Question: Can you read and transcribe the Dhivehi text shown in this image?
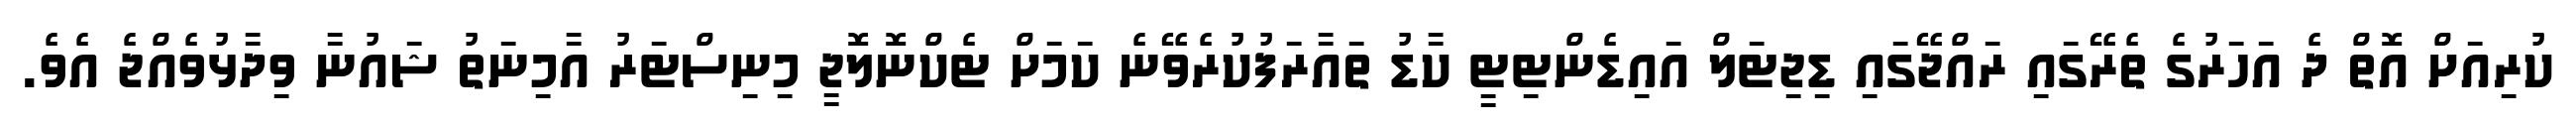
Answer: ކުރިއަށް އޮތް ދެ އަހަރުގެ ތެރޭގައި ރައްޖޭގައި ޑިޖިޓަލް އައިޑެންޓިޓީ ކާޑު ތައާރަފުކުރެވޭނެ ކަމަށް ޓެކްނޮލޮޖީ މިނިސްޓަރު އާމިނަތު ޝައުނާ ވިދާޅުވެއްޖެ އެވެ.